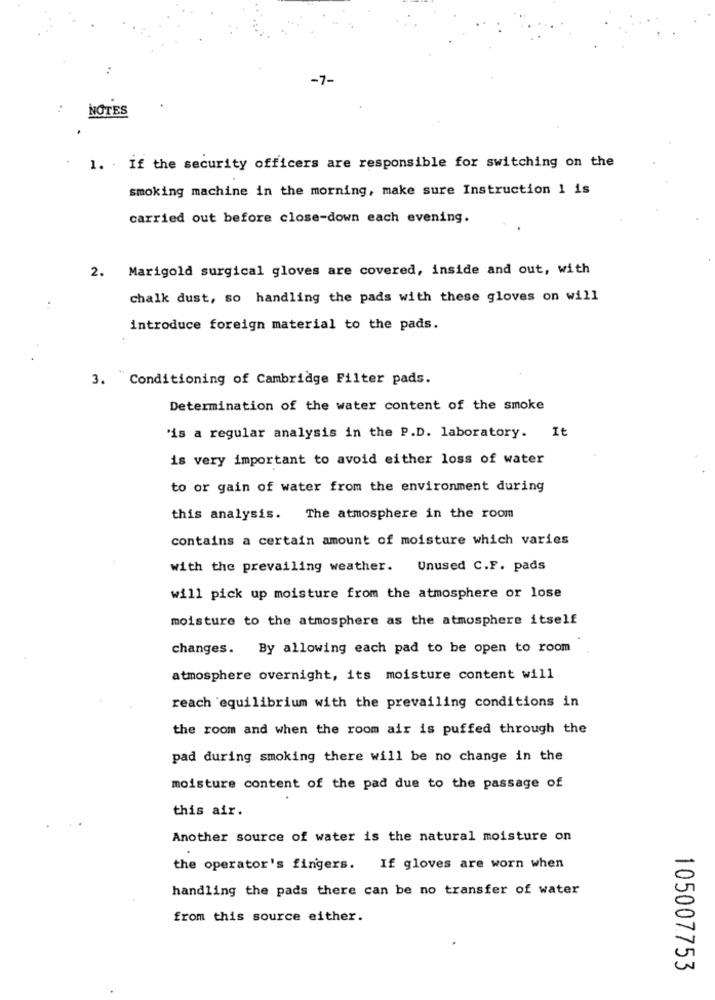
-7-
NOTES
1. . If the security officers are responsible for switching on the
smoking machine in the morning, make sure Instruction 1 is
carried out before close-down each evening.
2.
Marigold surgical gloves are covered, inside and out, with
chalk dust, so handling the pads with these gloves on will
introduce foreign material to the pads.
3. Conditioning of Cambridge Filter pads.
Determination of the water content of the smoke
'is a regular analysis in the P.D. laboratory. It
is very important to avoid either loss of water
to or gain of water from the environment during
this analysis. The atmosphere in the room
contains a certain amount of moisture which varies
with the prevailing weather.
Unused C.F. pads
will pick up moisture from the atmosphere or lose
moisture to the atmosphere as the atmosphere itself
changes. By allowing each pad to be open to room
atmosphere overnight, its moisture content will
reach equilibrium with the prevailing conditions in
the room and when the room air is puffed through the
pad during smoking there will be no change in the
moisture content of the pad due to the passage of
this air.
Another source of water is the natural moisture on
the operator's fingers. If gloves are worn when
handling the pads there can be no transfer of water
from this source either.
105007753